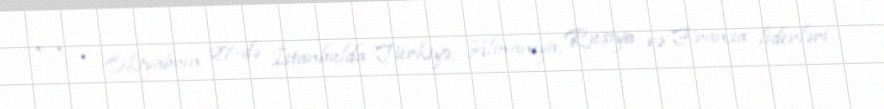
* * * Oktyabrın 27-də İstanbulda Türkiyə, Almaniya, Rusiya və Fransa liderləri